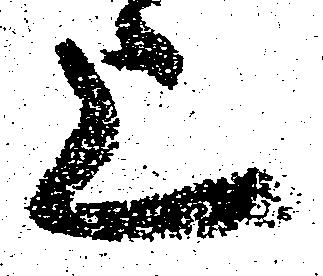
上